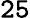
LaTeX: \mathtt{25}